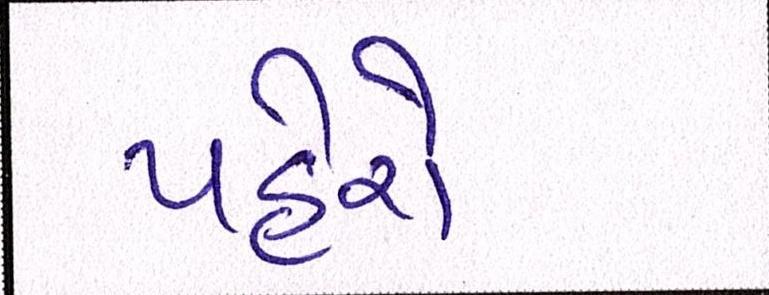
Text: પહેરો